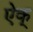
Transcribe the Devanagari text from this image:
ऐक्